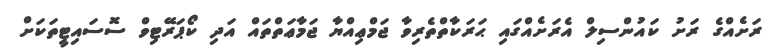
ރަށެއްގެ ރަށު ކައުންސިލް އެރަށެއްގައި ޙަރަކާތްތެރިވާ ޖަމްޢިއްޔާ ޖަމާޢަތްތައް އަދި ކޯޕަރޭޓިވް ސޮސައިޓީތަކަށް